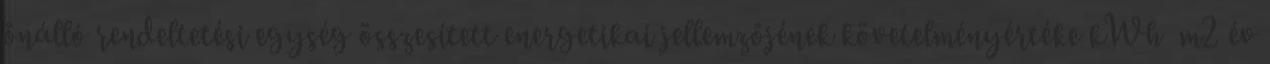
önálló rendeltetési egység összesített energetikai jellemzőjének követelményértéke kWh m2 év